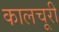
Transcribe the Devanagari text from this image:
कालचूरी